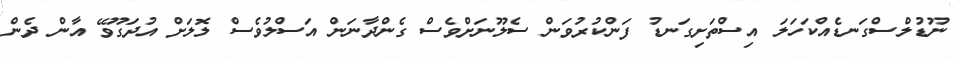
ނޫޑުލްސްގަނޑެއްކަހަލަ އިސްތަށިގަނޑު ފަންކުރުވަން ސެލޫނަށްވެސް ގެންދާނަން އަސްލުވެސް ލޮލަށް އުދަގޫވޭ އާން ދެން